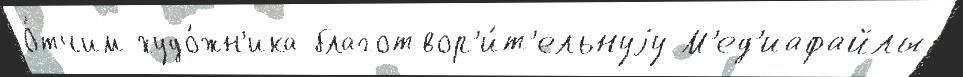
О́тчим худо́жн'ика благотвор'и́т'ельнуjу М'ед'иафайлы